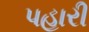
પહારી